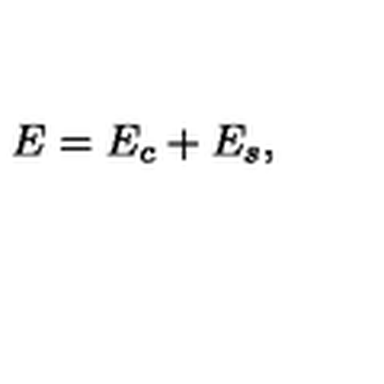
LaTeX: E = E _ { c } + E _ { s } ,